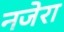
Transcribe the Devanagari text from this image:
नजेरा